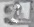
Text: 1